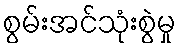
စွမ်းအင်သုံးစွဲမှု